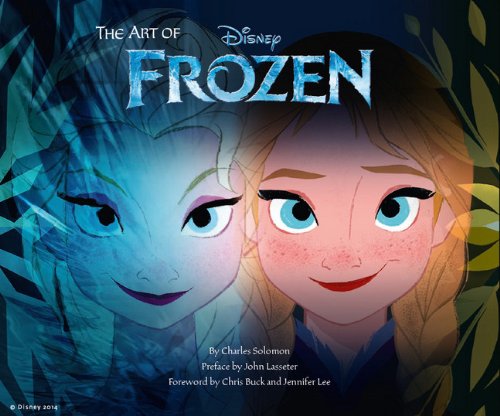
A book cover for The Art of Frozen; Charles Solomon; Humor & Entertainment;